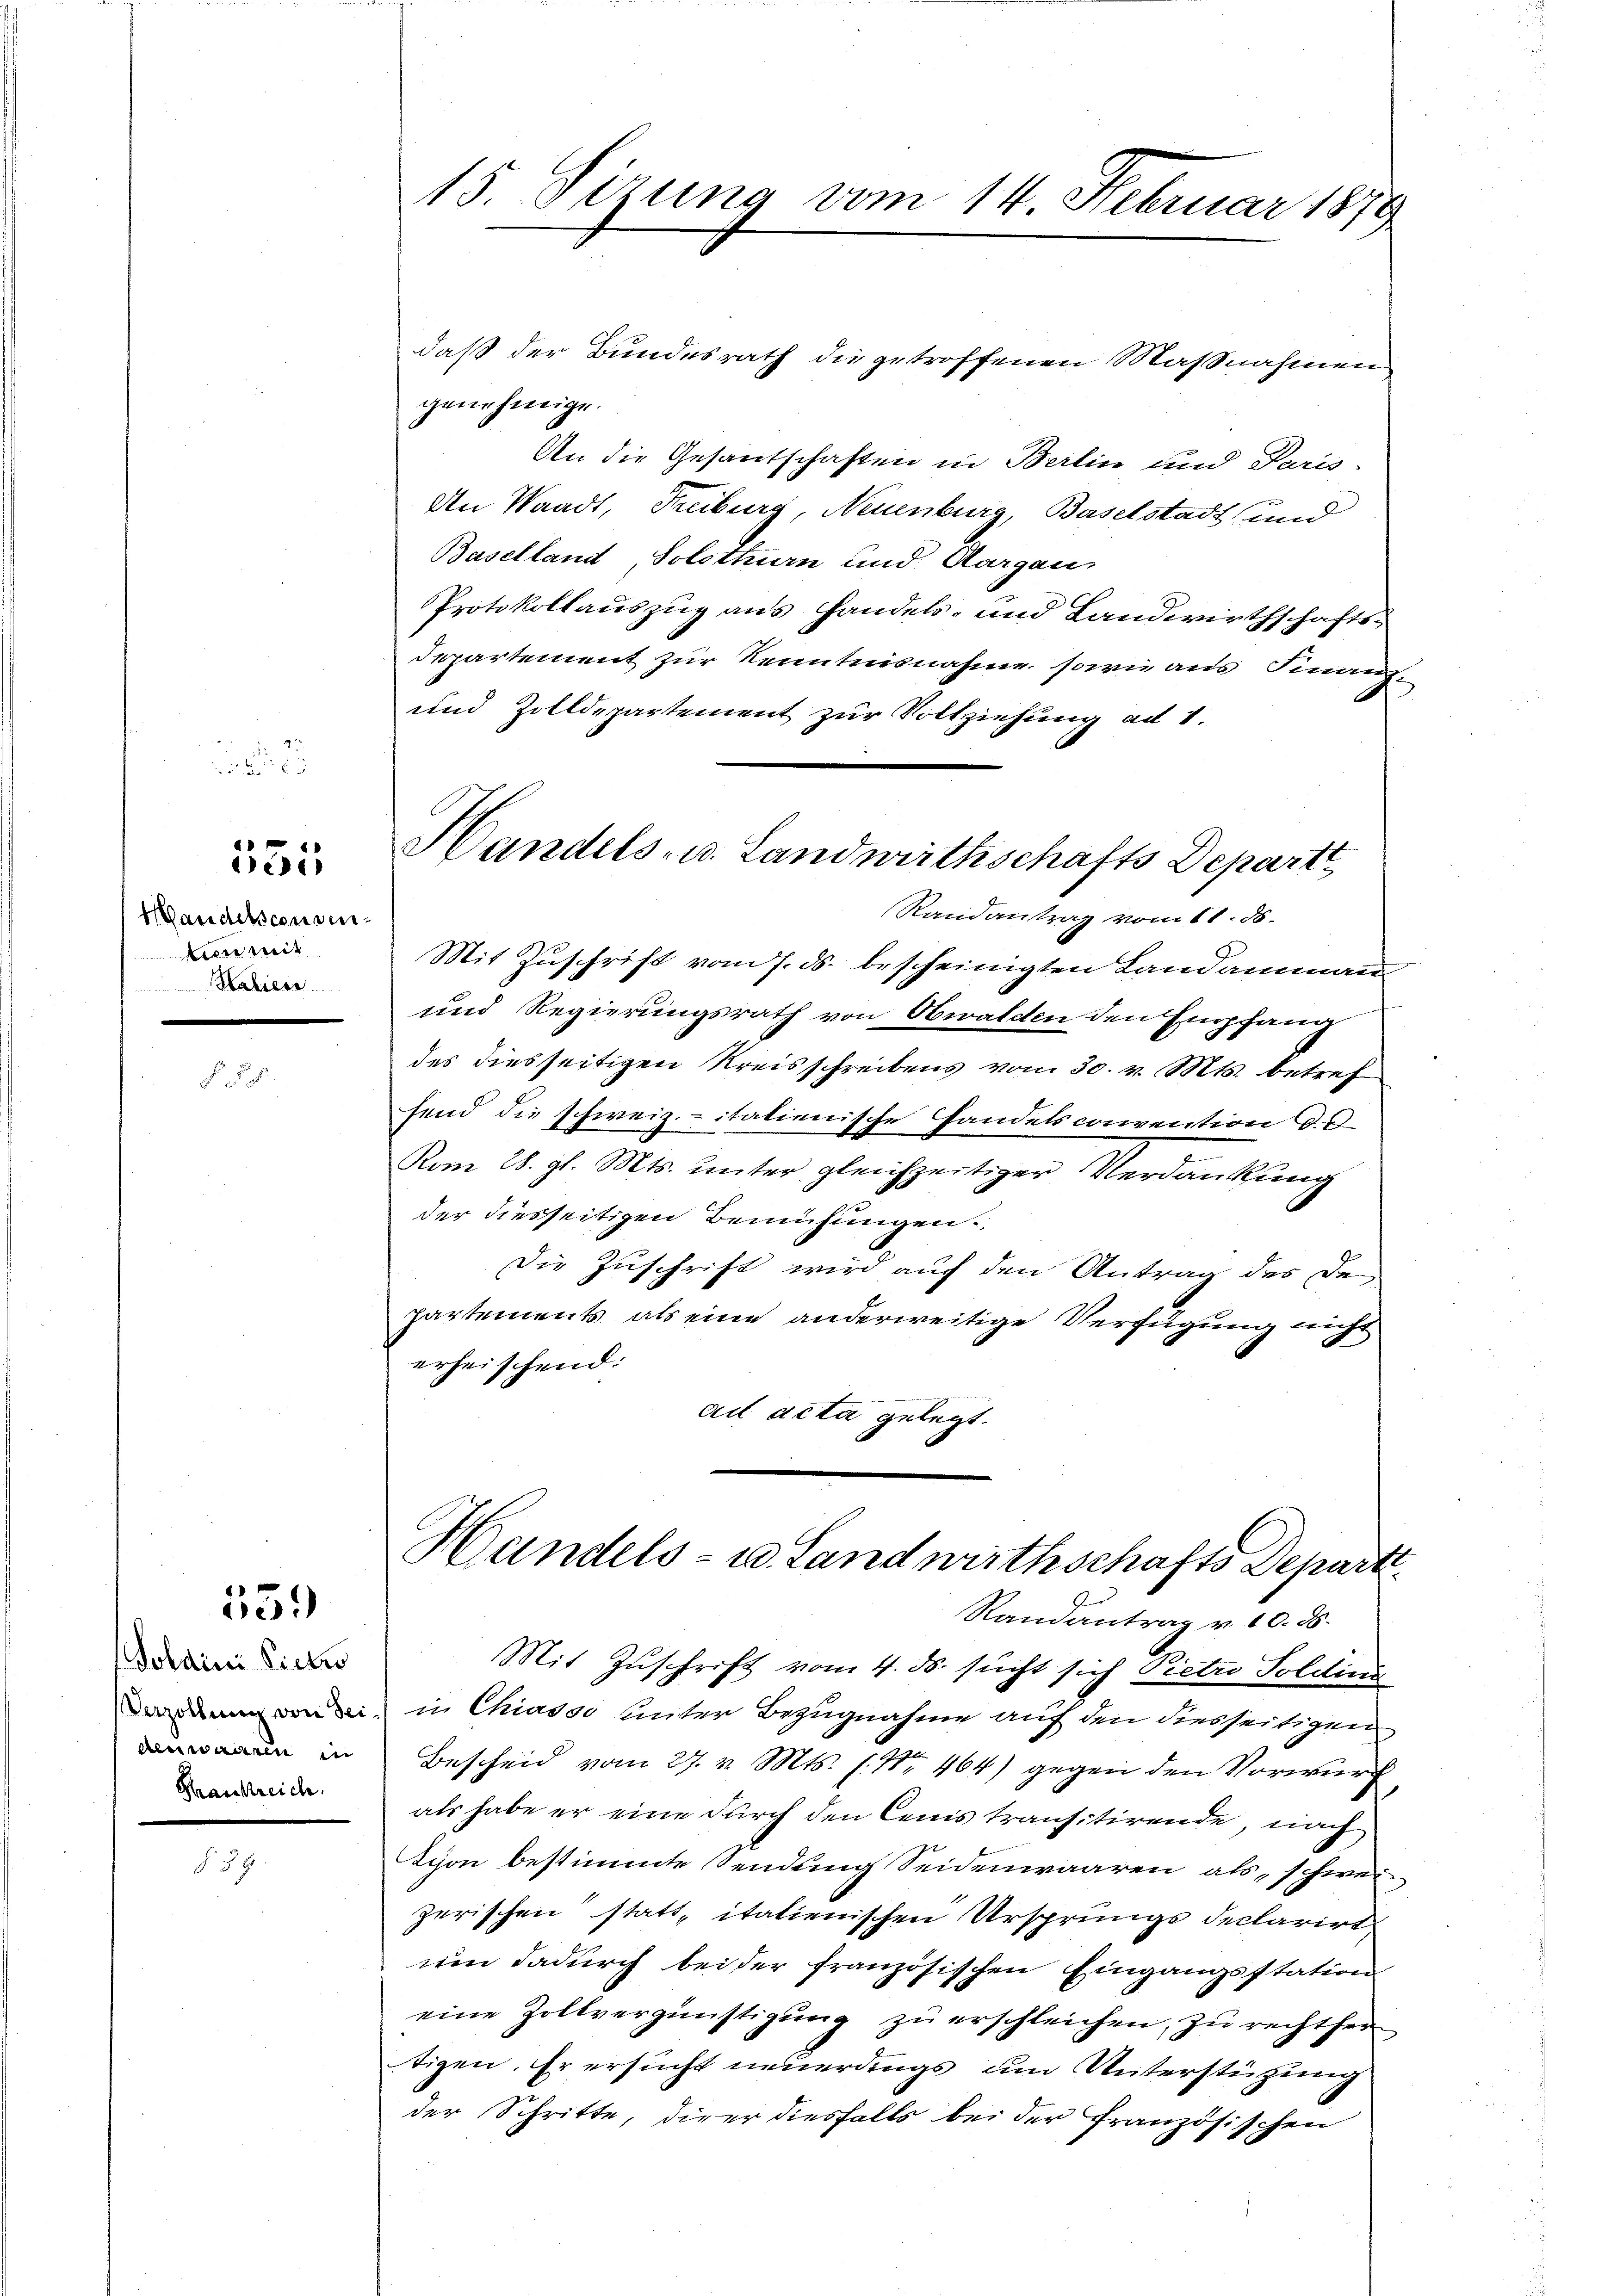
§ 59.

2

seder

Mandelsconsen¬
Ain mit
Halicir

539

Sohaini Pickro
denwaaren in
Krankreich.

15. Sizung vom 14. Februar 1879

Handels- u. Landwirthschafts Departi

daß der Bundesrath die getroffenen Maßnahmen
genehmige.
An die Gesantschaften in Berlin und Paris-
An Waadt, Freiburg, Neuenburg, Baselstadt und
Baselland, Solothurn und Aargau
Protokollauszug aus Handels- und Landwirthschafts¬
Departement zur Kenntnisnahme sowie aus Finanz¬
und Zolldepartement zur Vollziehung ad 1.
Randantrag vom 11. 56.
Mit Zuschrift vom 7. ds. bescheinigten Landammann
und Regierungsrath von Obwalden den Empfang
des diesseitigen Kreisschreibens vom 30. v. Mts. betref
hend die schweiz.- italienische Handelsconvention d. d.
e
Vom 28. gl. Mts. unter gleichzeitiger Verdankung
der diesseitigen Bemühungen:
Die Zuschrift wird auf den Antrag des de
partements als eine anderweitige Verfügung nicht
erheischend:
ad acta gelegt.
Handels- u. Landwirthschafts Departi
Randantrag v. 10. ds.
Mit Zuschrift vom 4. ds. sucht sich Pietro Soldins
rodden von sei in Chiasso unter Bezugnahme auf den diesseitigen
Bescheid vom 27. v. Mts. f. Nr. 464) gegen den Vorwurf
als habe er eine durch den Cenis transitirende, nach
Tyon bestimmte Sendung Seidenwaaren als, schweizerischen statt, italienischen Ursprungs declarirt
um dadurch bei der französischen Eingangsstation
eine Zollvergünstigŭng zŭ erschleichen, zu rechthei
tigen. Er ersucht neuerdings um Unterstützung
der Schritte, dieer diesfalls bei der französischen